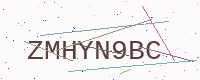
Text: ZMHYN9BC